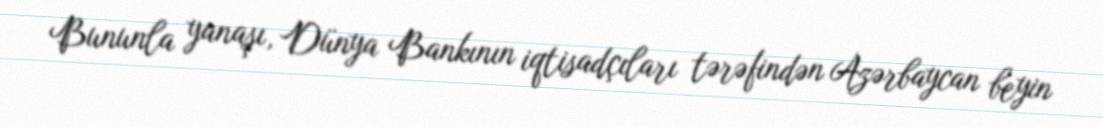
Bununla yanaşı, Dünya Bankının iqtisadçıları tərəfindən Azərbaycan beyin